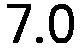
7.0